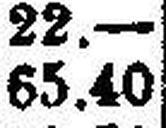
65.40